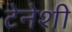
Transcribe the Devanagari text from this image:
टेनेशी